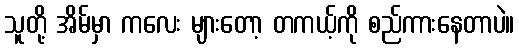
သူတို့ အိမ်မှာ ကလေး များတော့ တကယ့်ကို စည်ကားနေတာပဲ။